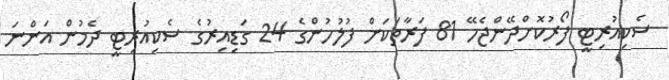
ސެކިއުރިޓީ ފޯރުކޮށްދޭންޖެހޭ 81 ފަރާތަކަށް ފުލުހުންގެ 24 ގަޑިއިރުގެ ސެކިއުރިޓީ ދެމުން އަންނަ